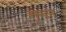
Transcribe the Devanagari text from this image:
मून्दन